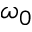
\omega _ { 0 }